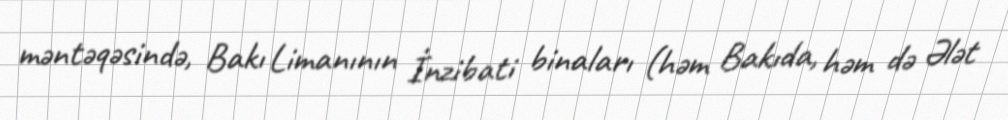
məntəqəsində, Bakı Limanının İnzibati binaları (həm Bakıda, həm də Ələt